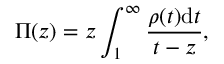
\Pi ( z ) = z \int _ { 1 } ^ { \infty } \frac { \rho ( t ) \mathrm { d } t } { t - z } ,